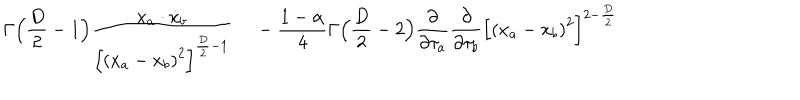
\Gamma \Bigl ( { \frac { D } { 2 } } - 1 \Bigr ) { { \frac { \dot { x } _ { a } \cdot \dot { x } _ { b } } { { \Bigl [ { ( x _ { a } - x _ { b } ) } ^ { 2 } \Bigr ] } ^ { { \frac { D } { 2 } } - 1 } } } \quad } \nonumber \, - { \frac { 1 - \alpha } { 4 } } \Gamma \Bigl ( { { \frac { D } { 2 } } - 2 } \Bigr ) { \frac { \partial } { \partial \tau _ { a } } } { \frac { \partial } { \partial \tau _ { b } } } { \Bigl [ { ( x _ { a } - x _ { b } ) } ^ { 2 } \Bigr ] } ^ { 2 - { \frac { D } { 2 } } }